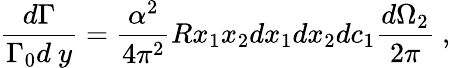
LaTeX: \frac{d\Gamma}{\Gamma_{0}d\ y}=\frac{\alpha^{2}}{4\pi^{2}}Rx_{1}x_{2}dx_{1}dx_{2}dc_{1}\frac{d\Omega_{2}}{2\pi}\ ,